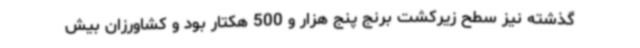
گذشته نیز سطح زیرکشت برنج پنج هزار و 500 هکتار بود و کشاورزان بیش